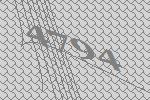
4794